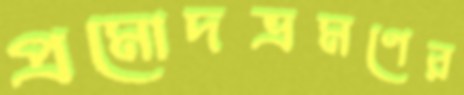
প্রমোদভ্রমণের